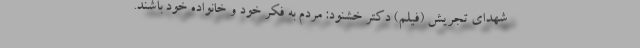
شهدای تجریش (فیلم) دکتر خشنود: مردم به فکر خود و خانواده خود باشند.